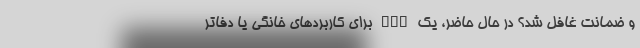
و ضمانت غافل شد؟ در حال حاضر، یک NAS برای کاربردهای خانگی یا دفاتر